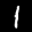
Label: 1